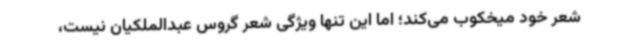
شعر خود میخکوب می‌کند؛ اما این تنها ویژگی شعر گروس عبدالملکیان نیست،